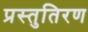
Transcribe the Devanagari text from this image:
प्रस्तुतिरण